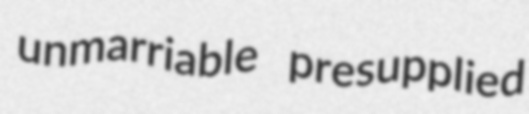
unmarriable presupplied